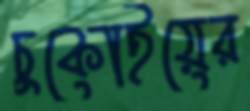
চুকোইয়ের